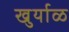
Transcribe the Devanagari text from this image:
खुर्याळ